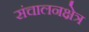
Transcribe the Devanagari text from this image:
संचालनक्षेत्र